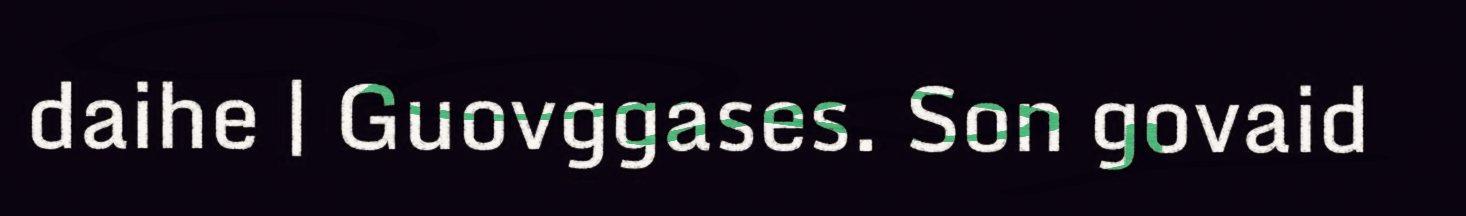
daihe | Guovggases. Son govaid